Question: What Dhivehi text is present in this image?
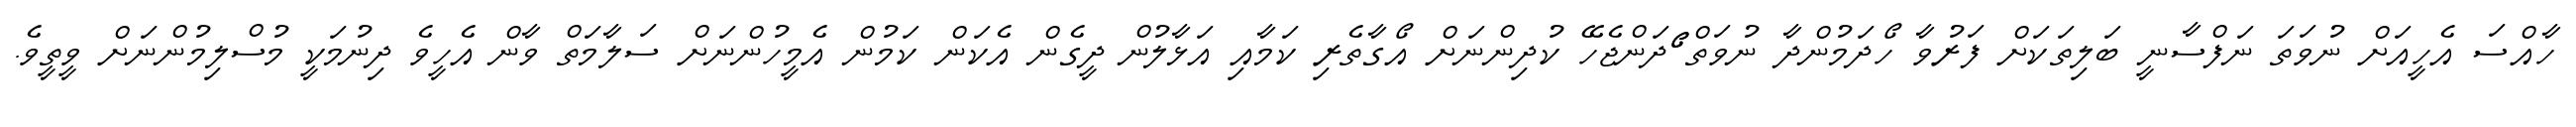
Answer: ހާއްސަ އެހީއަށް ނުވަތަ ނަފްސާނީ ބަލިތަކަށް ފަރުވާ ހޯދަމުންދާ ނުވަތް ޯޯދަންޖެހޭ ކުދިންނަށް އޯގާތެރި ކަމާއި އަޅާލުން ދީގެން އެކަން ކަމުން އެމީހުންނަށް ސަލާމަތް ވާން އެހީވެ ދިނުމަކީ މުސްލިމުންނަށް ވީތީވެ.